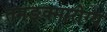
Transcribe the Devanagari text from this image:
तमङ्क्मारोग्य